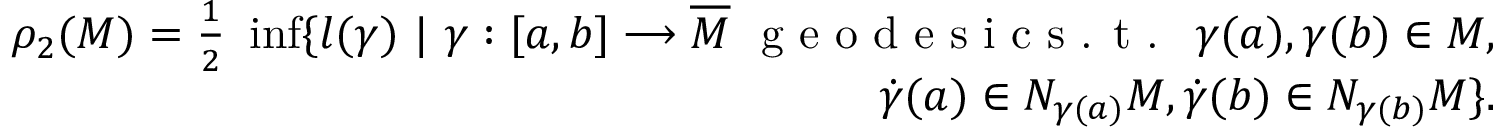
\begin{array} { r } { \rho _ { 2 } ( M ) = \frac { 1 } { 2 } \ \operatorname* { i n f } \{ l ( \gamma ) \ | \ \gamma : [ a , b ] \longrightarrow \overline { { M } } \ \textrm { g e o d e s i c s . t . } \ \gamma ( a ) , \gamma ( b ) \in M , } \\ { \dot { \gamma } ( a ) \in N _ { \gamma ( a ) } M , \dot { \gamma } ( b ) \in N _ { \gamma ( b ) } M \} . } \end{array}